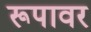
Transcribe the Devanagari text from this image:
रूपावर